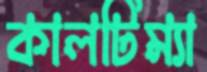
কালটিম্যা